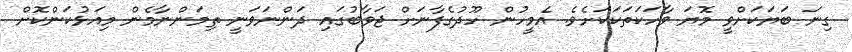
ގިނަ ބަޔަކަށްވީ މޮޔަ ވާހަކަތަކަކަށެވެ. އެމީހުން ހޫދުގެފާނަށް ޖަވާބުގައި ދަންނަވަނީ ތިމަންނާމެން މިއަޅުކަންކޮށް